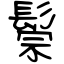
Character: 鬃